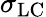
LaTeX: \sigma_{\mathrm{LC}}